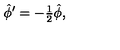
\hat { \phi } ^ { \prime } = - { \textstyle \frac { 1 } { 2 } } \hat { \phi } ,